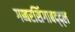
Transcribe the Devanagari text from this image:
गब्बरसिंगाबद्द्ल